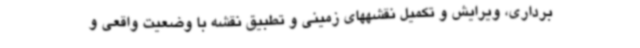
برداری، ویرایش و تکمیل نقشههای زمینی و تطبیق نقشه با وضعیت واقعی و